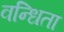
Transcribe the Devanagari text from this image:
वन्धिता